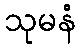
သုမနံ